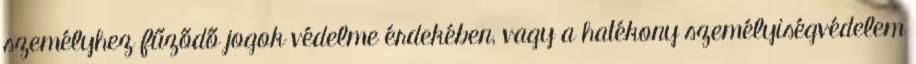
személyhez fűződő jogok védelme érdekében, vagy a hatékony személyiségvédelem